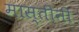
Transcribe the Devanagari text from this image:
मास्तीनी